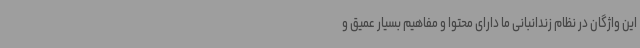
این واژگان در نظام زندانبانی ما دارای محتوا و مفاهیم بسیار عمیق و